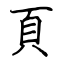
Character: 頁